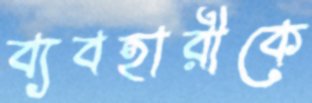
ব্যবহারীকে